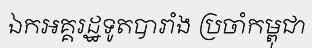
ឯកអគ្គរដ្ឋទូតបារាំង ប្រចាំកម្ពុជា